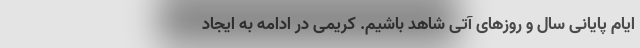
ایام پایانی سال و روز‌های آتی شاهد باشیم. کریمی در ادامه به ایجاد